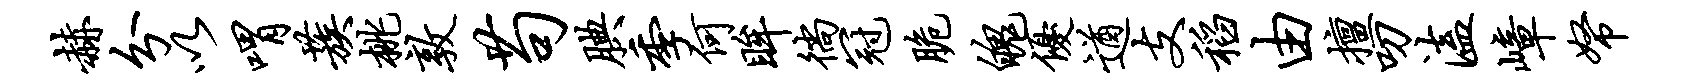
赫分以喟蔟桃敦苟腆季何眸徜冠脆魄优遒支稻由擅叨溘嶂帑